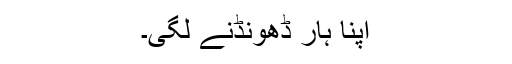
اپنا ہار ڈھونڈنے لگی۔